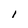
Character: I